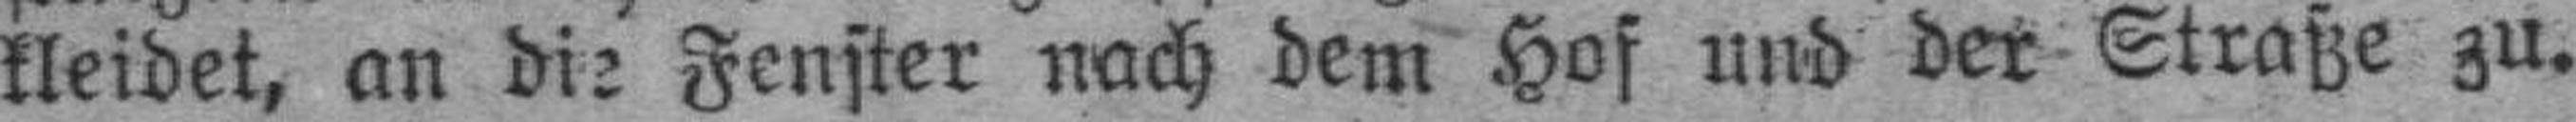
kleidet, an die Fenster nach dem Hof und der Straße zu.